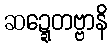
ဆဍ္ဍေတဗ္ဗာနိ